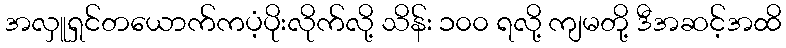
အလှူရှင်တယောက်ကပံ့ပိုးလိုက်လို့ သိန်း ၁၀၀ ရလို့ ကျမတို့ ဒီအဆင့်အထိ